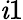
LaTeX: \mathit{i}1